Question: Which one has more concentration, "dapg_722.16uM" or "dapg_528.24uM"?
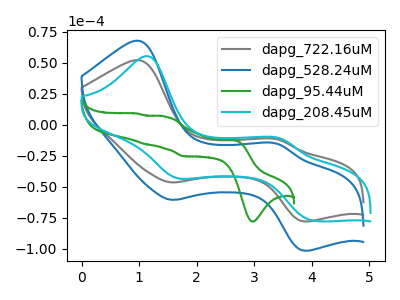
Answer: <think>The gray curve "dapg_722.16uM" has anodic peaks at (1.00V, 51.85uA) (3.40V, -12.05uA) and cathodic peaks at (1.55V, -46.60uA) (3.85V, -78.15uA). The blue curve "dapg_528.24uM" has anodic peaks at (1.00V, 67.50uA) (3.40V, -15.65uA) and cathodic peaks at (1.55V, -60.70uA) (3.85V, -101.70uA). The green curve "dapg_95.44uM" has anodic peaks at (2.65V, -12.35uA) (1.45V, 6.35uA) (1.10V, -15.80uA) (0.95V, 8.90uA) and cathodic peaks at (2.95V, -78.25uA) (1.80V, -25.60uA). The cyan curve "dapg_208.45uM" has anodic peaks at (1.15V, 55.25uA) (3.50V, -11.70uA) and cathodic peaks at (1.65V, -43.00uA) (4.05V, -77.45uA).
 All the peaks in "dapg_722.16uM" have a peak in "dapg_528.24uM" at the same potential.</think>
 <answer>I cant tell if "dapg_722.16uM" or "dapg_528.24uM" has higher concentration.</answer>
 <eval>mixed_concentration</eval>